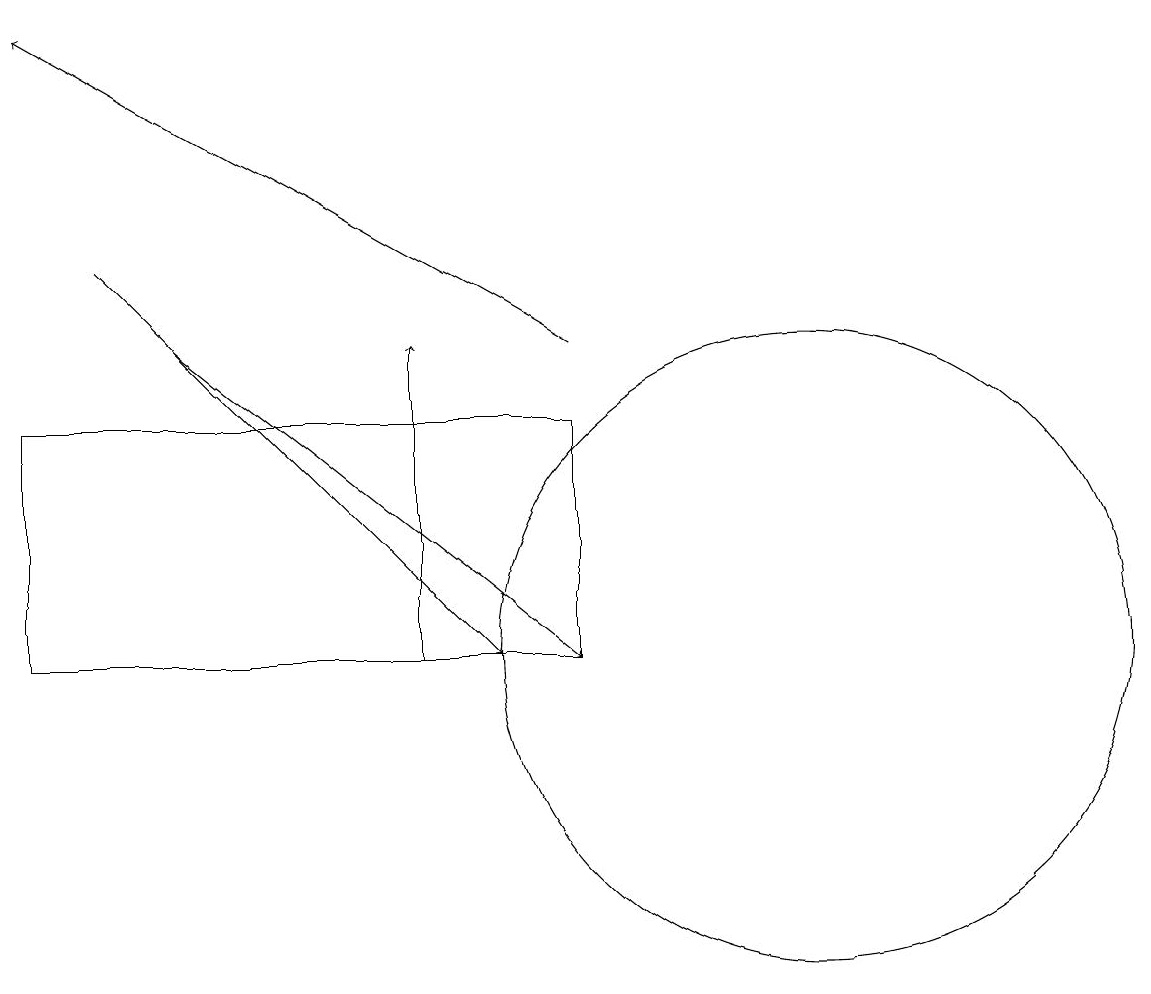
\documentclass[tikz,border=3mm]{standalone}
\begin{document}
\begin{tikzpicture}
\draw (7,14) rectangle (0,11);
\draw[->] (5,11) -- (5,15);
\draw[->] (1,16) -- (6,11);
\draw (10,11) circle (4);
\draw[->] (7,15) -- (0,19);
\draw[->] (2,15) -- (7,11);
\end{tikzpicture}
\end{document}